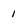
Character: 1